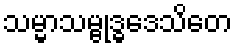
သမ္မာသမ္ဗုဒ္ဓဒေသိတေ